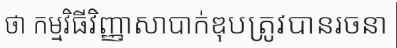
ថា កម្មវិធីវិញ្ញាសាបាក់ឌុបត្រូវបានរចនា